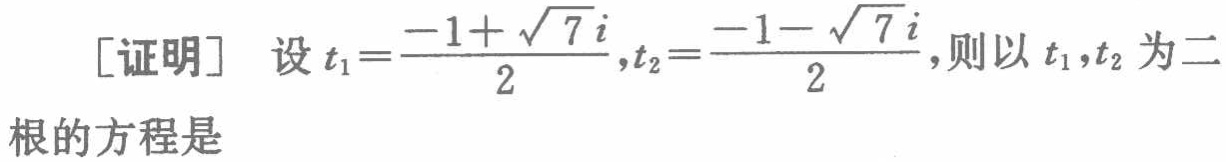
[证明] 设\(t_1 = \frac{-1 + \sqrt{7}i}{2},t_2 = \frac{-1 - \sqrt{7}i}{2}\),则以\(t_1,t_2\)为二根的方程是